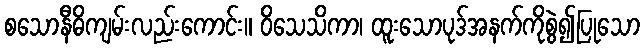
စသောနီဓိကျမ်းလည်းကောင်း။ ဝိသေသိကာ၊ ထူးသောပုဒ်အနက်ကိုစွဲ၍ပြုသော